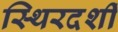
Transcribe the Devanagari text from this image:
स्थिरदर्शी